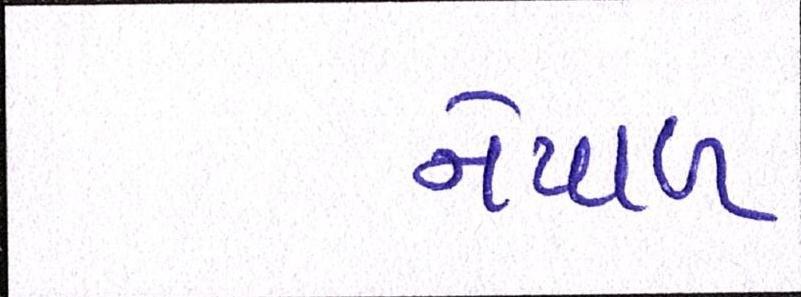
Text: નેપાળ